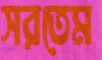
সরতেম